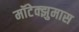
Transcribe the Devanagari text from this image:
मॉटेक्झुमास